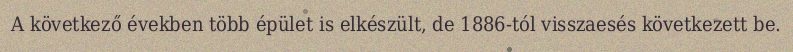
A következő években több épület is elkészült, de 1886-tól visszaesés következett be.